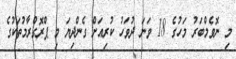
މި ނޮވެމްބަރު މަހުގެ 18 ވަނަ ދުވަހު ކުރިއަށް ގެންދިޔަ މި ޕްރޮގްރާމުތަކުގެ